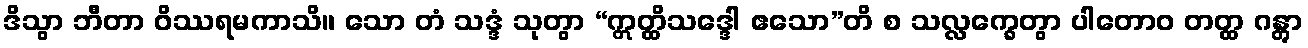
ဒိသွာ ဘီတာ ဝိဿရမကာသိ။ သော တံ သဒ္ဒံ သုတွာ “ဣတ္ထိသဒ္ဒေါ ဧသော”တိ စ သလ္လက္ခေတွာ ပါတောဝ တတ္ထ ဂန္တွာ